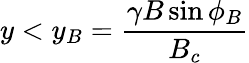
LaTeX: y<y_{B}={\frac{\gamma B\sin{\phi_{B}}}{B_{c}}}